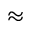
\approx